Annual administration report of the Civil Veterinary Department of India - 1906-1907
Year: 1906
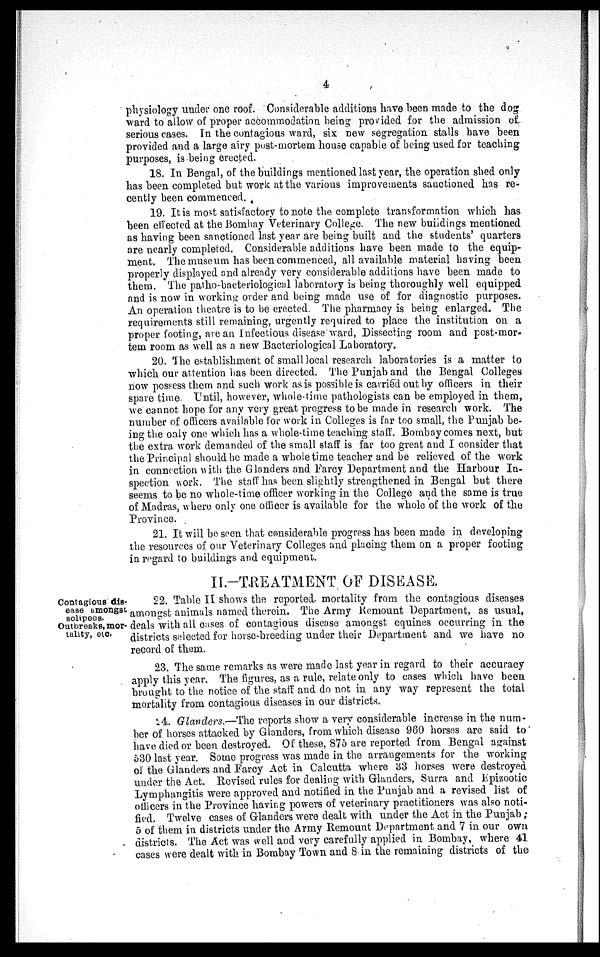
4
physiology under one roof. Considerable additions have been made to the dog
ward to allow of proper accommodation being provided for the admission of
serious cases. In the contagious ward, six new segregation stalls have been
provided and a large airy post-mortem house capable of being used for teaching
purposes, is being erected.
18. In Bengal, of the buildings mentioned last year, the operation shed only
has been completed but work at the various improvements sanctioned has re-
cently been commenced.
19. It is most satisfactory to note the complete transformation which has
been effected at the Bombay Veterinary College. The new buildings mentioned
as having been sanctioned last year are being built and the students' quarters
are nearly completed. Considerable additions have been made to the equip-
ment. The museum has been commenced, all available material having been
properly displayed and already very considerable additions have been made to
them. The patho-bacteriological laboratory is being thoroughly well equipped
and is now in working order and being made use of for diagnostic purposes.
An operation theatre is to be erected. The pharmacy is being enlarged. The
requirements still remaining, urgently required to place the institution on a
proper footing, are an Infectious disease ward, Dissecting room and post-mor-
tem room as well as a new Bacteriological Laboratory.
20. The establishment of small local research laboratories is a matter to
which our attention has been directed. The Punjab and the Bengal Colleges
now possess them and such work as is possible is carried out by officers in their
spare time. Until, however, whole-time pathologists can be employed in them,
we cannot hope for any very great progress to be made in research work. The
number of officers available for work in Colleges is far too small, the Punjab be-
ing the only one which has a whole-time teaching staff. Bombay comes next, but
the extra work demanded of the small staff is far too great and I consider that
the Principal should be made a whole time teacher and be relieved of the work
in connection with the Glanders and Farcy Department and the Harbour In-
spection work. The staff has been slightly strengthened in Bengal but there
seems to be no whole-time officer working in the College and the same is true
of Madras, where only one officer is available for the whole of the work of the
Province.
21. It will be seen that considerable progress has been made in developing
the resources of our Veterinary Colleges and placing them on a proper footing
in regard to buildings and equipment.
II.-TREATMENT OF DISEASE.
Contagious dis-
ease amongst
solipeas.
Outbreaks, mor-
tality, etc.
22. Table II shows the reported mortality from the contagious diseases
amongst animals named therein. The Army Remount Department, as usual,
deals with all cases of contagious disease amongst equines occurring in the
districts selected for horse-breeding under their Department and we have no
record of them.
23. The same remarks as were made last year in regard to their accuracy
apply this year. The figures, as a rule, relate only to cases which have been
brought to the notice of the staff and do not in any way represent the total
mortality from contagious diseases in our districts.
24. Glanders.—The reports show a very considerable increase in the num-
ber of horses attacked by Glanders, from which disease 960 horses are said to
have died or been destroyed. Of these, 875 are reported from Bengal against
530 last year. Some progress was made in the arrangements for the working
of the Glanders and Farcy Act in Calcutta where 33 horses were destroyed
under the Act. Revised rules for dealing with Glanders, Surra and Epizootic
Lymphangitis were approved and notified in the Punjab and a revised list of
officers in the Province having powers of veterinary practitioners was also noti-
fied. Twelve cases of Glanders were dealt with under the Act in the Punjab ;
5 of them in districts under the Army Remount Department and 7 in our own
districts. The Act was well and very carefully applied in Bombay, where 41
cases were dealt with in Bombay Town and 8 in the remaining districts of the